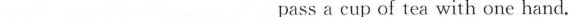
___ ___ ___ pass a cup of tea with one hand。